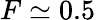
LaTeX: F\simeq 0.5